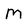
Character: M